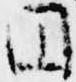
円